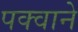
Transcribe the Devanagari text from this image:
पक्वाने